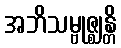
အဘိသမ္ဗုဇ္ဈန္တိ